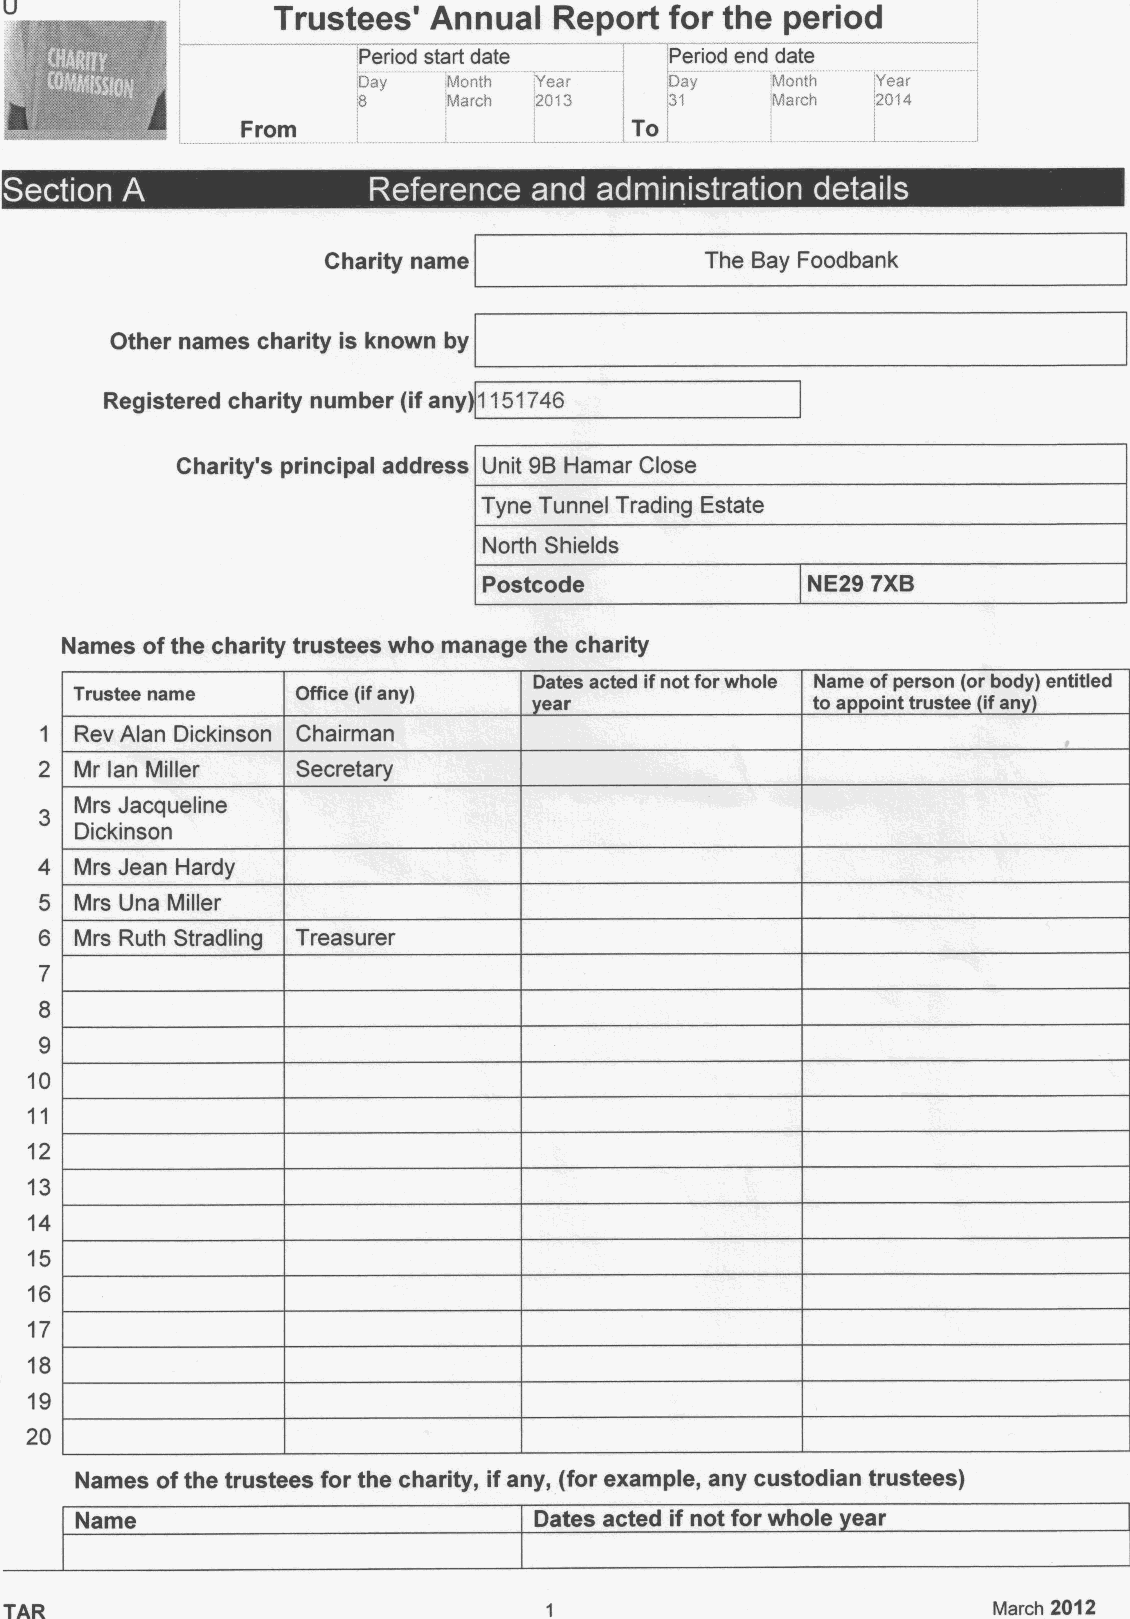
U                 Trustees' Annual   Report for the period
 Period start date   Period end date
 Day   Month Year    Day    Month  Year
 8     March 2013    31     March  2014
 From                      To
 ~  ~       r ~  ~  r
 Charity name              The Bay Foodbank
 Other names charity is known by
 Registered charity number (ifany 1151746
 Charity's principal address Unit 98 Hamar Close
 Tyne Tunnel Trading Estate
 North Shields
 Postcode             NE29 7XB
 Names ofthe charity trustees who manage the charity
 Dates acted ifnot forwhole Name ofperson (orbody) entitled
 Trustee name   Office (ifany)
 ear               to a oint trustee ifan
 1 Rev Alan Dickinson Chairman
 2 Mr lan Miller  Secretary
 Mrs Jacqueline
 3
 Dickinson
 4 Mrs Jean Hardy
 5 Mrs Una Miller
 6 Mrs Ruth Stradling Treasurer
 7
 8
 9
 10
 11
 12
 13
 14
 15
 16
 17
 18
 19
 20
 Names ofthe trustees for the charity, ifany, (for example, any custodian trustees)
 Name                          Dates acted if not for whole ear
 TAR                                                               March 2012